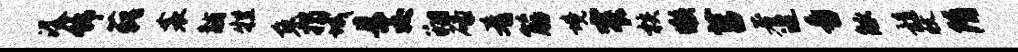
潺饰藐衾黼牲兔揭城且茭翔碌肴筋境窄核懒莒著巡番觚髓收隋